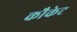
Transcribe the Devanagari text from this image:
कौकेट